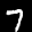
Label: 7